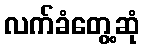
လက်ခံတွေ့ဆုံ